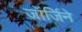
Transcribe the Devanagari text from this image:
जॉर्जिने